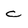
Character: c